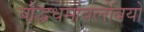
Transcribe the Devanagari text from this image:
बौद्धधर्मावलंबियों